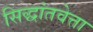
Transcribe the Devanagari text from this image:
सिद्धांतवेत्ता